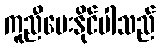
ကူညီပေးနိုင်ပါသည်